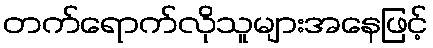
တက်ရောက်လိုသူများအနေဖြင့်